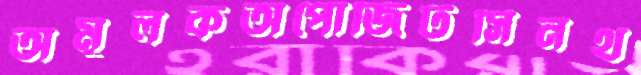
অমূলকঅপোজিটসিনথ